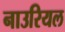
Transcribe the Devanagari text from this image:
नाउरियल